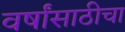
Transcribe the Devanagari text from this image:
वर्षांसाठीचा